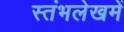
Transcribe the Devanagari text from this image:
स्‍तंभलेखमें